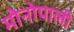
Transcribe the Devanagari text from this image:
मोनोपाली